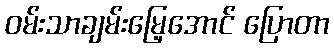
ဝမ်းသာချမ်းမြေ့အောင် ပြောတာ